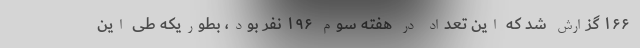
۱۶۶ گزارش شد که این تعداد در هفته سوم ۱۹۶ نفر بود، بطوریکه طی این